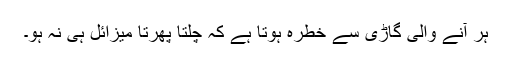
ہر آنے والی گاڑی سے خطرہ ہوتا ہے کہ چلتا پھرتا میزائل ہی نہ ہو۔